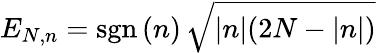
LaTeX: E_{N,n}=\mathrm{sgn}\, (n)\, \sqrt{|n|(2N-|n|)}